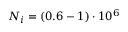
N _ { i } = ( 0 . 6 - 1 ) \cdot 1 0 ^ { 6 }